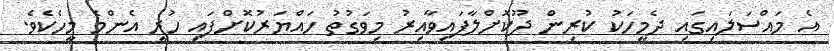
އެ މައްސަލައިގައި ދެމީހަކު ކުރިން ދޫކޮށްލާފައިވާއިރު މިވަގުތު ހައްޔަރުކޮށްފައި ހުރީ އެންމެ މީހެކެވެ.